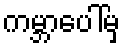
ကမ္ဘာပေါ်မှ